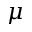
\mu